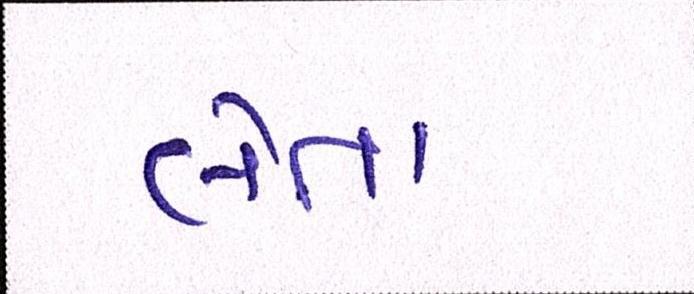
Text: લેતા